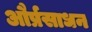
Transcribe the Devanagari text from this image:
और्प्रसाधन